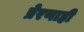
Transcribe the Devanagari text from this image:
प्रेरणाही